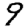
Digit: 9